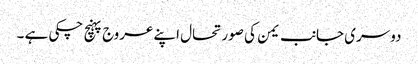
دوسری جانب یمن کی صورتحال اپنے عروج پہنچ چکی ہے ۔